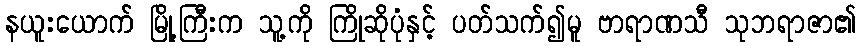
နယူးယောက် မြို့ကြီးက သူ့ကို ကြိုဆိုပုံနှင့် ပတ်သက်၍မူ ဗာရာဏသီ သုဘရာဇာ၏